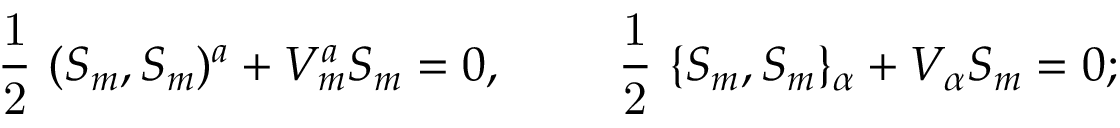
\mathrm { ~ \frac { 1 } { 2 } ~ } ( S _ { m } , S _ { m } ) ^ { a } + V _ { m } ^ { a } S _ { m } = 0 , \qquad \mathrm { ~ \frac { 1 } { 2 } ~ } \{ S _ { m } , S _ { m } \} _ { \alpha } + V _ { \alpha } S _ { m } = 0 ;